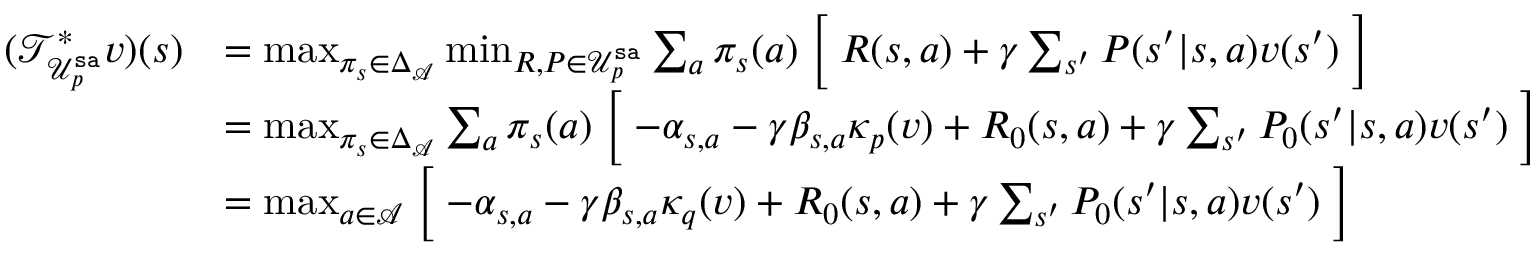
\begin{array} { r l } { ( \mathcal { T } _ { \mathcal { U } _ { p } ^ { \mathtt { s a } } } ^ { * } v ) ( s ) } & { = \operatorname* { m a x } _ { \pi _ { s } \in \Delta _ { \mathcal { A } } } \operatorname* { m i n } _ { { R , P \in \mathcal { U } _ { p } ^ { \mathtt { s a } } } } \sum _ { a } \pi _ { s } ( a ) \Bigm [ R ( s , a ) + \gamma \sum _ { s ^ { \prime } } P ( s ^ { \prime } | s , a ) v ( s ^ { \prime } ) \Bigm ] } \\ & { = \operatorname* { m a x } _ { \pi _ { s } \in \Delta _ { \mathcal { A } } } \sum _ { a } \pi _ { s } ( a ) \Bigm [ - \alpha _ { s , a } - \gamma \beta _ { s , a } \kappa _ { p } ( v ) + R _ { 0 } ( s , a ) + \gamma \sum _ { s ^ { \prime } } P _ { 0 } ( s ^ { \prime } | s , a ) v ( s ^ { \prime } ) \Bigm ] } \\ & { = \operatorname* { m a x } _ { a \in \mathcal { A } } \Bigm [ - \alpha _ { s , a } - \gamma \beta _ { s , a } \kappa _ { q } ( v ) + R _ { 0 } ( s , a ) + \gamma \sum _ { s ^ { \prime } } P _ { 0 } ( s ^ { \prime } | s , a ) v ( s ^ { \prime } ) \Bigm ] } \end{array}